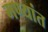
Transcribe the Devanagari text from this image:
मण्यांत